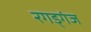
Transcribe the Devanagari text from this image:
रगड्गंज